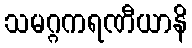
သမဂ္ဂကရဏီယာနိ